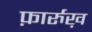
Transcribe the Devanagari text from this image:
फ़ार्रुख़